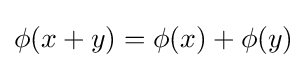
\phi (x+y)=\phi (x)+\phi (y)